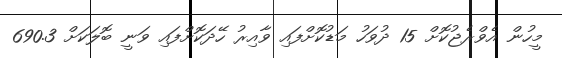
މީހުން އެވްރެޖުކޮށް 15 ދުވަހު މަޑުކޮށްފައި ވާއިރު ހޭދަކޮށްފައި ވަނީ ބޮލަކަށް 690.3